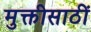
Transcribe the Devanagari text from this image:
मुक्तीसाठीं